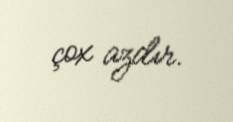
çox azdır.